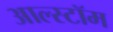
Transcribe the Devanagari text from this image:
आल्स्टॉम